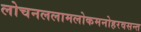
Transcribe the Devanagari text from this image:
लोचनललामलोकमनोहरवसन्त